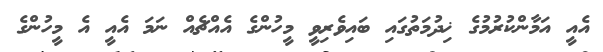
އެއީ އަމާންކުރުމުގެ ޚިދުމަތުގައި ބައިވެރިވީ މީހުންގެ އެއްޗެއް ނަމަ އެއީ އެ މީހުންގެ